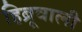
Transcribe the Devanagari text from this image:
हिब्रूवाली